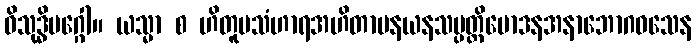
ဝိသုဒ္ဓိမဂ္ဂေါ။ ယသ္မာ စ ဟိတူပသံဟာရအဟိတာပနယနသမ္ပတ္တိမောဒနအနာဘောဂဝသေန